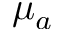
\mu _ { a }